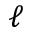
\ell